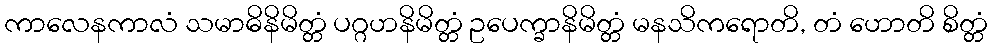
ကာလေနကာလံ သမာဓိနိမိတ္တံ ပဂ္ဂဟနိမိတ္တံ ဥပေက္ခာနိမိတ္တံ မနသိကရောတိ, တံ ဟောတိ စိတ္တံ